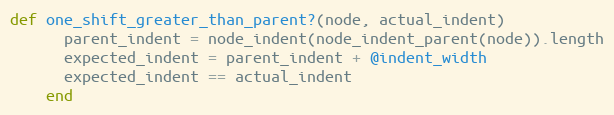
Language: Ruby
def one_shift_greater_than_parent?(node, actual_indent)
      parent_indent = node_indent(node_indent_parent(node)).length
      expected_indent = parent_indent + @indent_width
      expected_indent == actual_indent
    end